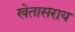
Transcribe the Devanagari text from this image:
खेतासराय